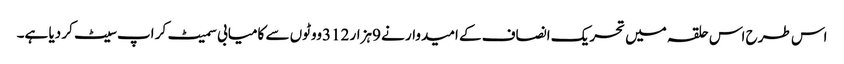
اس طرح اس حلقہ میں تحریک انصاف کے امیدوار نے 9ہزار 312ووٹوں سے کامیابی سمیٹ کر اپ سیٹ کر دیا ہے۔